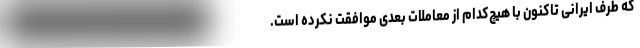
که طرف ایرانی تاکنون با هیچ‌کدام از معاملات بعدی موافقت نکرده است.